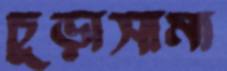
চুড়াসামা